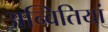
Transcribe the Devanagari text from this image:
अन्वितियां